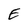
Character: E